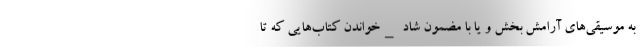
به موسیقی‌های آرامش بخش و یا با مضمون شاد _خواندن کتاب‌هایی که تا